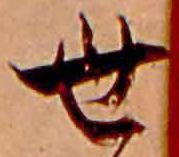
世